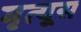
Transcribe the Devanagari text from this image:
मृत्यूस